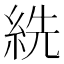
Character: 𦀈